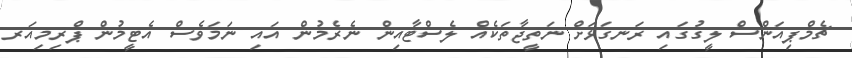
ޗެމްޕިއަންސް ލީގުގައި ރަނގަޅަށް ނަތީޖާތަކެއް ލެސްޓާއިން ނެރެމުން އައި ނަމަވެސް އެޓީމުން ޕްރިމިއަރ